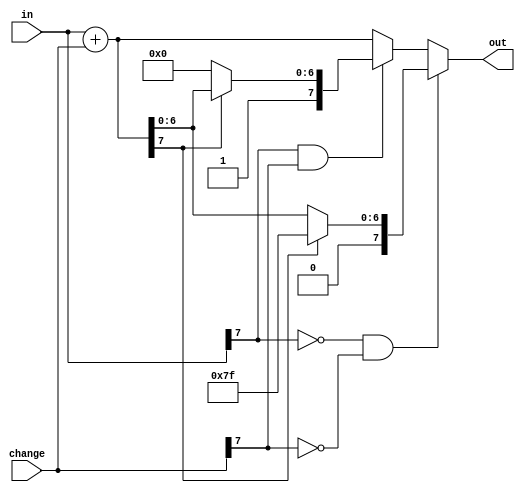
`timescale 1ns / 1ps

module FPExpAdder(
	input wire [7 : 0] in,
	input wire [7 : 0] change,
	
	output reg [7 : 0] out
    );

	reg [8 : 0] res;
	always @(*)
	begin
		res = in + change;
		
		out = res[7:0];
		
		if(in[7] == 1'b0 && change[7] == 1'b0)
		begin
			if(res[7])//overflow
			begin
				out = 127;
			end
		end
		else if(in[7] == 1'b1 && change[7] == 1'b1)
		begin
			if(!res[7])//underflow
			begin
				out = -128;
			end
		end

	end

endmodule